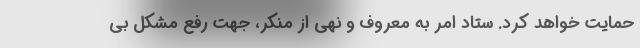
حمایت خواهد کرد. ستاد امر به معروف و نهی از منکر، جهت رفع مشکل بی